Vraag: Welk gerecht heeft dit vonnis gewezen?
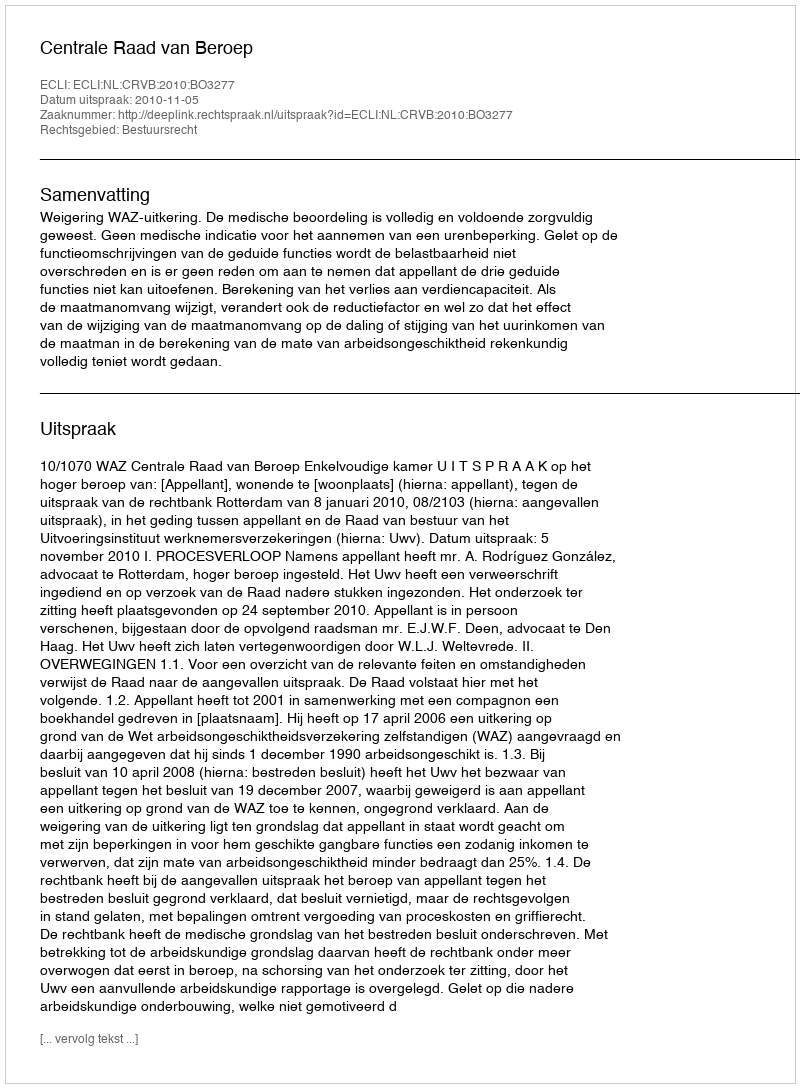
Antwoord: Centrale Raad van Beroep